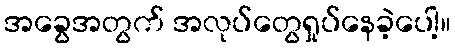
အခွေအတွက် အလုပ်တွေရှုပ်နေခဲ့ပေါ့။